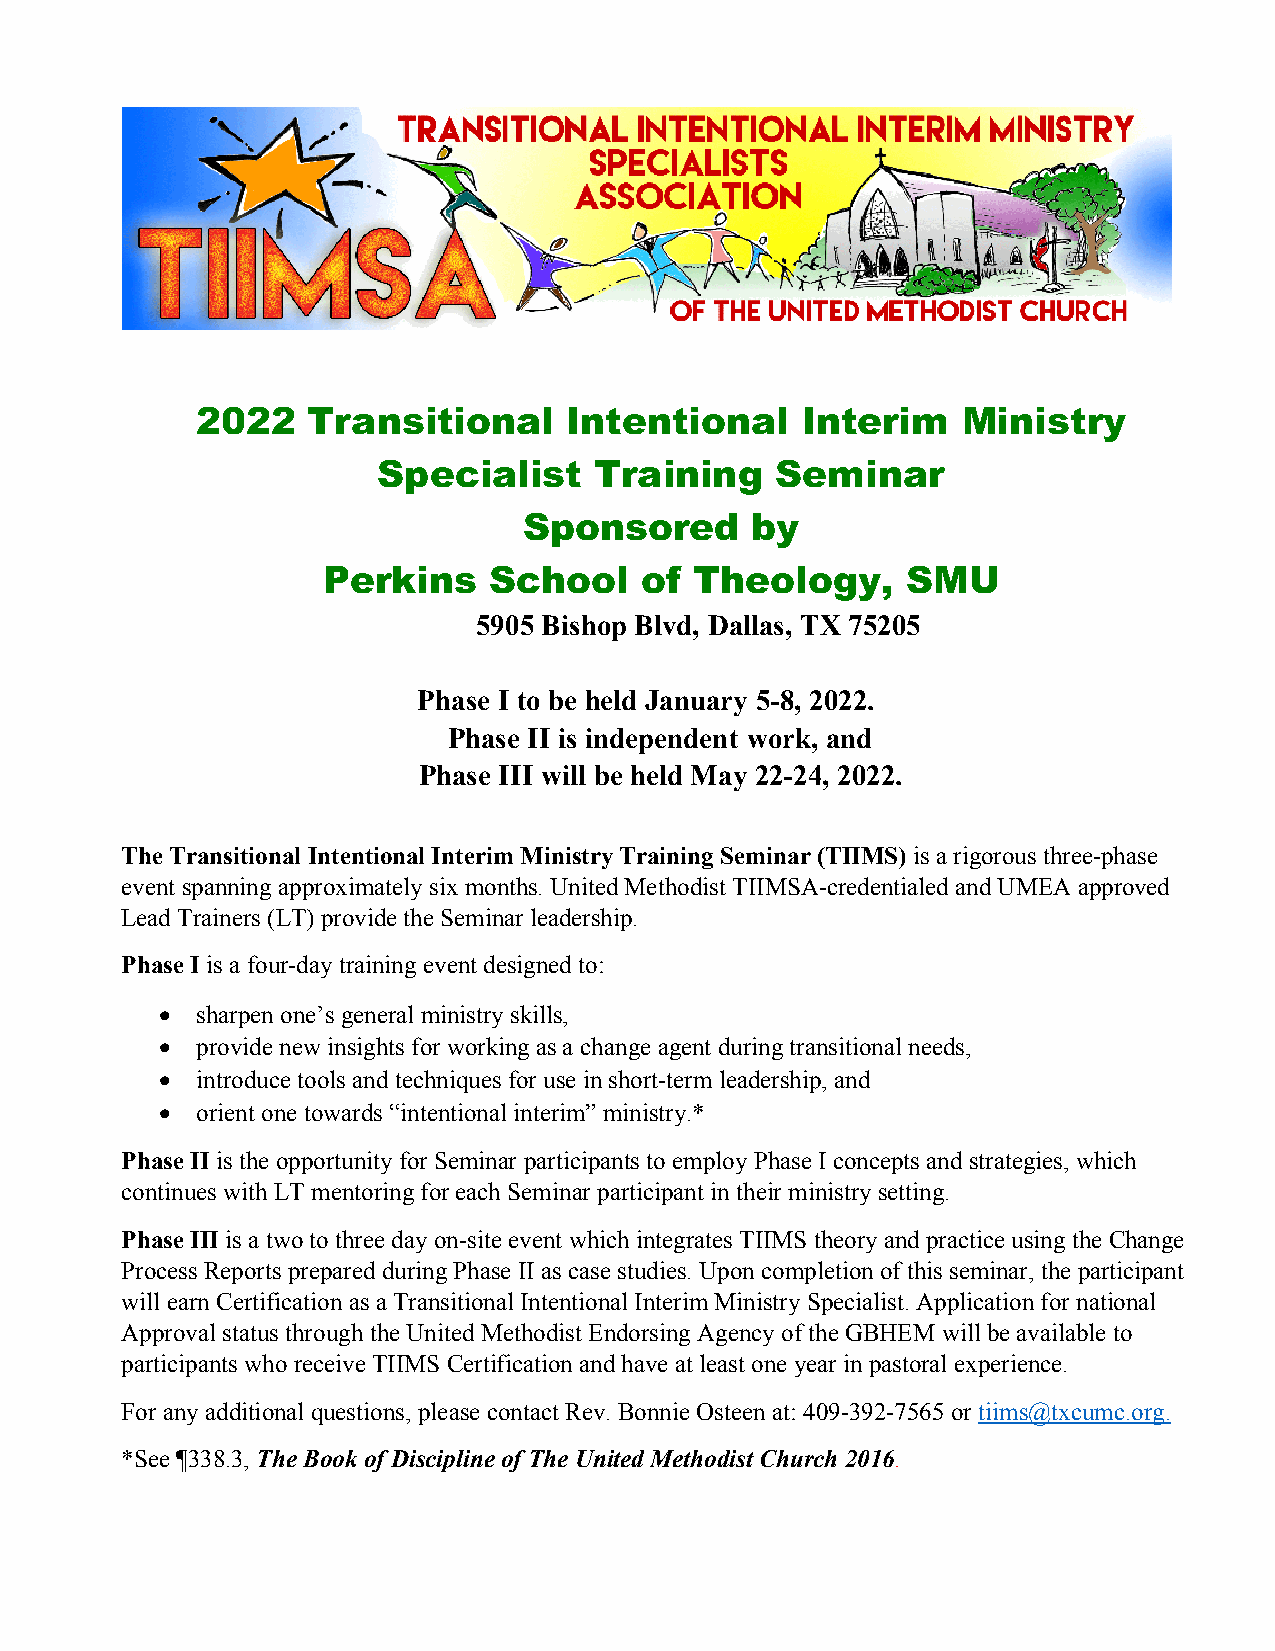
2022   Transitional     Intentional     Interim    Ministry
 Specialist    Training    Seminar
 Sponsored      by
 Perkins    School    of  Theology,     SMU
 5905 Bishop Blvd, Dallas, TX 75205
 Phase I to be held January 5-8, 2022.
 Phase II is independent work, and
 Phase III will be held May 22-24, 2022.
 The Transitional Intentional Interim Ministry Training Seminar (TIIMS) is a rigorous three-phase
 event spanning approximately six months. United Methodist TIIMSA-credentialed and UMEA approved
 Lead Trainers (LT) provide the Seminar leadership.
 Phase I is a four-day training event designed to:
 •  sharpen one’s general ministry skills,
 •  provide new insights for working as a change agent during transitional needs,
 •  introduce tools and techniques for use in short-term leadership, and
 •  orient one towards “intentional interim” ministry.*
 Phase II is the opportunity for Seminar participants to employ Phase I concepts and strategies, which
 continues with LT mentoring for each Seminar participant in their ministry setting.
 Phase III is a two to three day on-site event which integrates TIIMS theory and practice using the Change
 Process Reports prepared during Phase II as case studies. Upon completion of this seminar, the participant
 will earn Certification as a Transitional Intentional Interim Ministry Specialist. Application for national
 Approval status through the United Methodist Endorsing Agency of the GBHEM will be available to
 participants who receive TIIMS Certification and have at least one year in pastoral experience.
 For any additional questions, please contact Rev. Bonnie Osteen at: 409-392-7565 or tiims@txcumc.org.
 *See ¶338.3, The Book of Discipline of The United Methodist Church 2016.